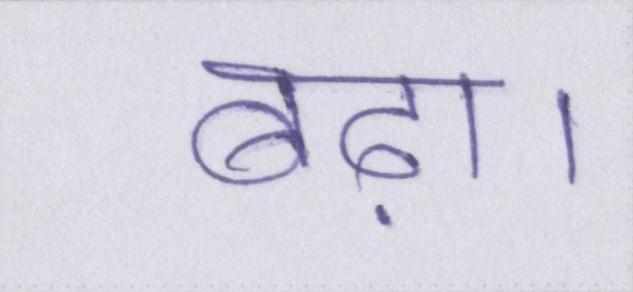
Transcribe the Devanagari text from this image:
बढ़ा।